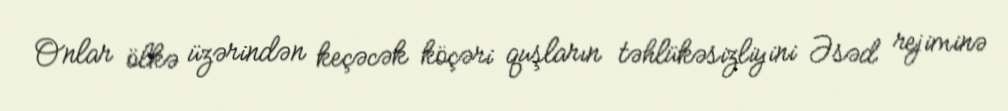
Onlar ölkə üzərindən keçəcək köçəri quşların təhlükəsizliyini Əsəd rejiminə